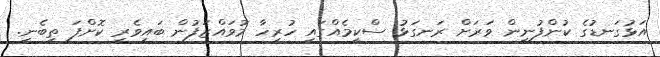
އަޅުގަނޑުގެ ކުންފުނިން ވަރަށް ރަނގަޅު ސްކީމެއްގައި ހުރިހާ މުވައްޒަފުން ބައިވެރި ކޮށްފަ ތިބެނީ.